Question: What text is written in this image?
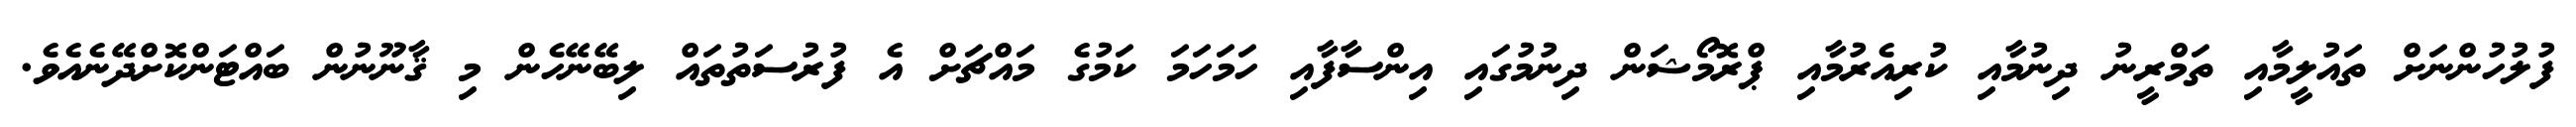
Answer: ފުލުހުންނަށް ތައުލީމާއި ތަމްރީނު ދިނުމާއި ކުރިއެރުމާއި ޕްރޮމޯޝަން ދިނުމުގައި އިންސާފާއި ހަމަހަމަ ކަމުގެ މައްޗަށް އެ ފުރުސަތުތައް ލިބޭނޭހެން މި ޤާނޫނުން ބައްޓަންކޮށްދޭނެއެވެ.